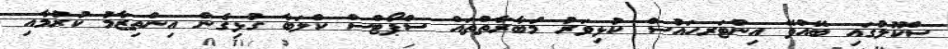
ސްކޫލުގައި ބޭއްވޭ އިންޓަރހައުސް ކުޅިވަރު މުބާރާތްތައް ސްޕޯޓްސް ކްލަބާ ގުޅިގެން އިންތިޒާމު ކުރުމާއި